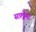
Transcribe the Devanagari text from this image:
सफ़्ट्वेयर